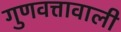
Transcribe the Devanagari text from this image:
गुणवत्तावाली